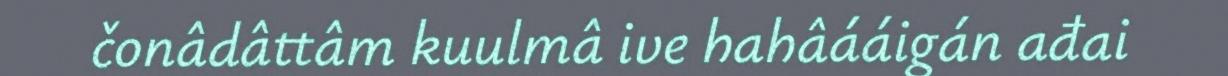
čonâdâttâm kuulmâ ive hahâááigán ađai